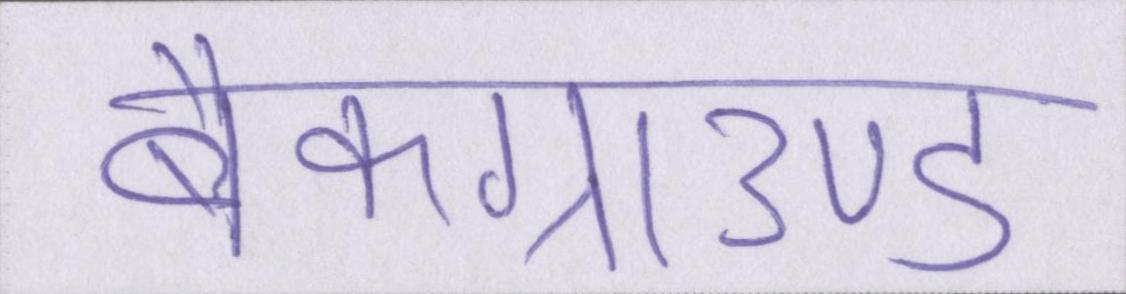
बैकग्राउण्ड